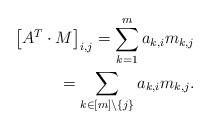
LaTeX: \begin{align*}\left[ A^T \cdot M \right]_{i,j} = \sum_{k=1}^m a_{k,i} m_{k,j} \\= \sum_{k\in [m]\backslash\{j\}} a_{k,i} m_{k,j}. \end{align*}